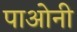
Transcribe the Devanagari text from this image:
पाओनी